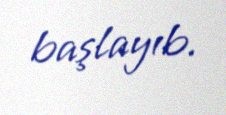
başlayıb.